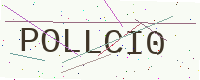
Text: POLLCI0